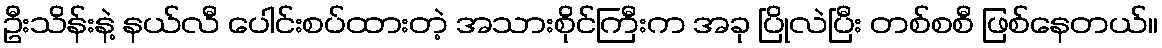
ဦးသိန်းနဲ့ နယ်လီ ပေါင်းစပ်ထားတဲ့ အသားစိုင်ကြီးက အခု ပြိုလဲပြီး တစ်စစီ ဖြစ်နေတယ်။